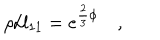
\rho / l _ { 1 1 } = e ^ { \frac { 2 } { 3 } \phi } \quad ,